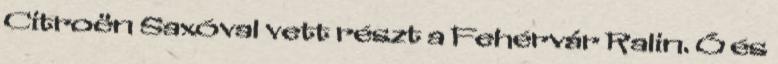
Citroën Saxóval vett részt a Fehérvár Ralin. Ő és